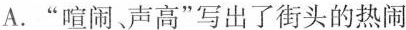
A.”喧闹、声高”写出了街头的热闹